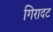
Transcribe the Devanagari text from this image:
गिरादट